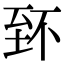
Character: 𦤹